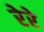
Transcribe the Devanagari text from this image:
रेरे